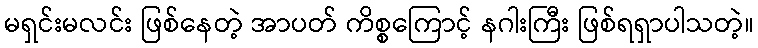
မရှင်းမလင်း ဖြစ်နေတဲ့ အာပတ် ကိစ္စကြောင့် နဂါးကြီး ဖြစ်ရရှာပါသတဲ့။